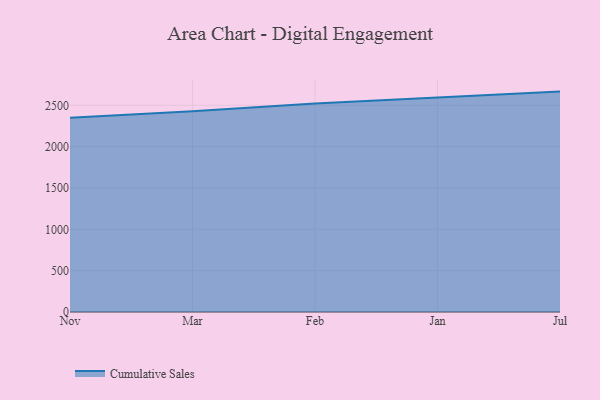
{"axis": {"x": "Month", "y": "Headcount"}, "legend": ["Cumulative Sales"], "data": [{"x": "Nov", "y": 2350.6, "type": "Cumulative Sales"}, {"x": "Mar", "y": 2429.2, "type": "Cumulative Sales"}, {"x": "Feb", "y": 2522.5, "type": "Cumulative Sales"}, {"x": "Jan", "y": 2591.7, "type": "Cumulative Sales"}, {"x": "Jul", "y": 2665.8, "type": "Cumulative Sales"}]}